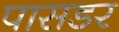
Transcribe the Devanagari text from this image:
पासडर